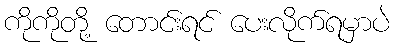
ကိုကိုတို့ တောင်းရင် ပေးလိုက်ရမှာပဲ